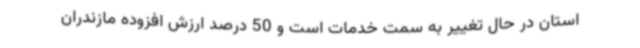
استان در حال تغییر به سمت خدمات است و 50 درصد ارزش افزوده مازندران